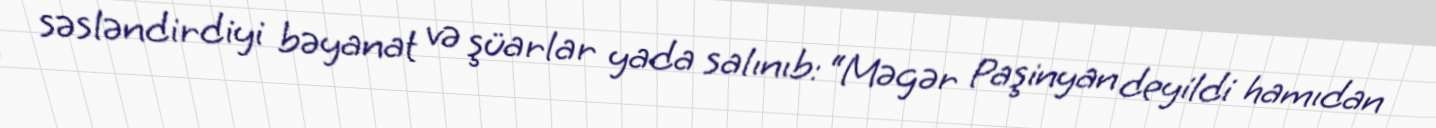
səsləndirdiyi bəyanat və şüarlar yada salınıb: “Məgər Paşinyan deyildi hamıdan